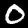
Label: 0